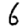
Digit: 6